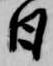
日